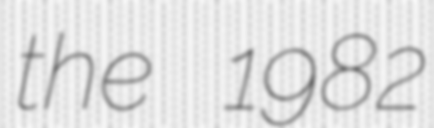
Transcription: the 1982